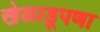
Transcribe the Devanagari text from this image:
खेळाडूपणा